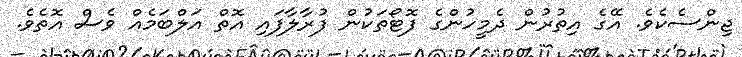
ޖިންސެކެވެ. އޭގެ އިތުރުން ދެމީހުންގެ ފޮޓޯތަކުން ފުރާލާފައި އޮތް އަލްބަމެއް ވެސް އޮތެވެ.